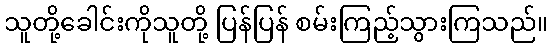
သူတို့ခေါင်းကိုသူတို့ ပြန်ပြန် စမ်းကြည့်သွားကြသည်။